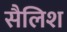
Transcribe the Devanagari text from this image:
सैलिश